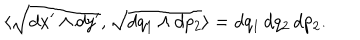
\langle \sqrt { d x ^ { \prime } \wedge d y ^ { \prime } } , \sqrt { d q _ { 1 } \wedge d p _ { 2 } } \rangle = d q _ { 1 } \, d q _ { 2 } \, d p _ { 2 } .